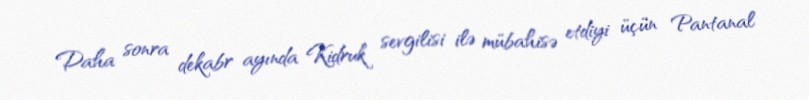
Daha sonra dekabr ayında Kidruk sevgilisi ilə mübahisə etdiyi üçün Pantanal